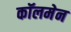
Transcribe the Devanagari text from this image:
कॉलमेन